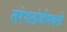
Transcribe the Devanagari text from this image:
तरंगलांबीमधली